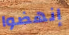
إنهضوا